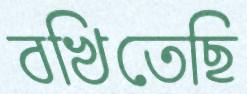
বখিতেছি